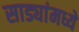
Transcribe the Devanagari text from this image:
साड्यांमध्ये